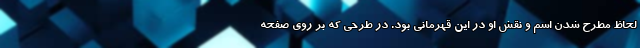
لحاظ مطرح شدن اسم و نقش او در این قهرمانی بود. در طرحی که بر روی صفحه